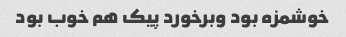
خوشمزه بود وبرخورد پیک هم خوب بود